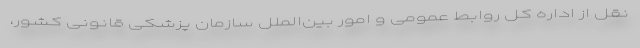
نقل از اداره کل روابط عمومی و امور بین‌الملل سازمان پزشکی قانونی کشور،